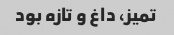
تمیز، داغ و تازه بود